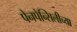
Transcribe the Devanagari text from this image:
पेनपेन्सिलीच्या